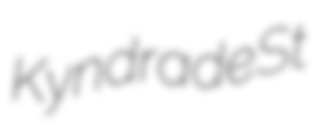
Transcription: Kyndra de St